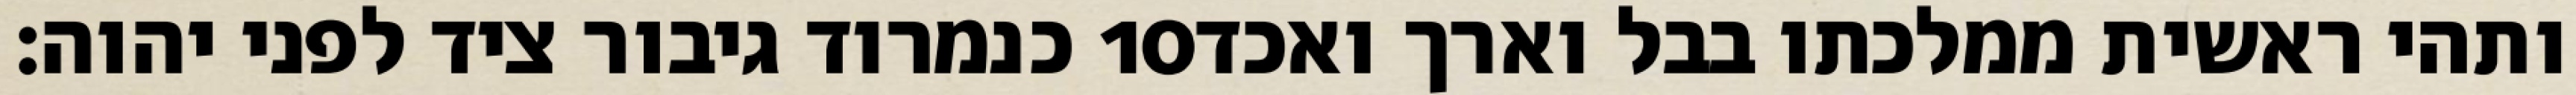
כנמרוד גיבור ציד לפני יהוה׃ ‎10‏ ותהי ראשית ממלכתו בבל וארך ואכד